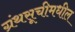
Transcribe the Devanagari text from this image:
ग्रंथसूचीमधील